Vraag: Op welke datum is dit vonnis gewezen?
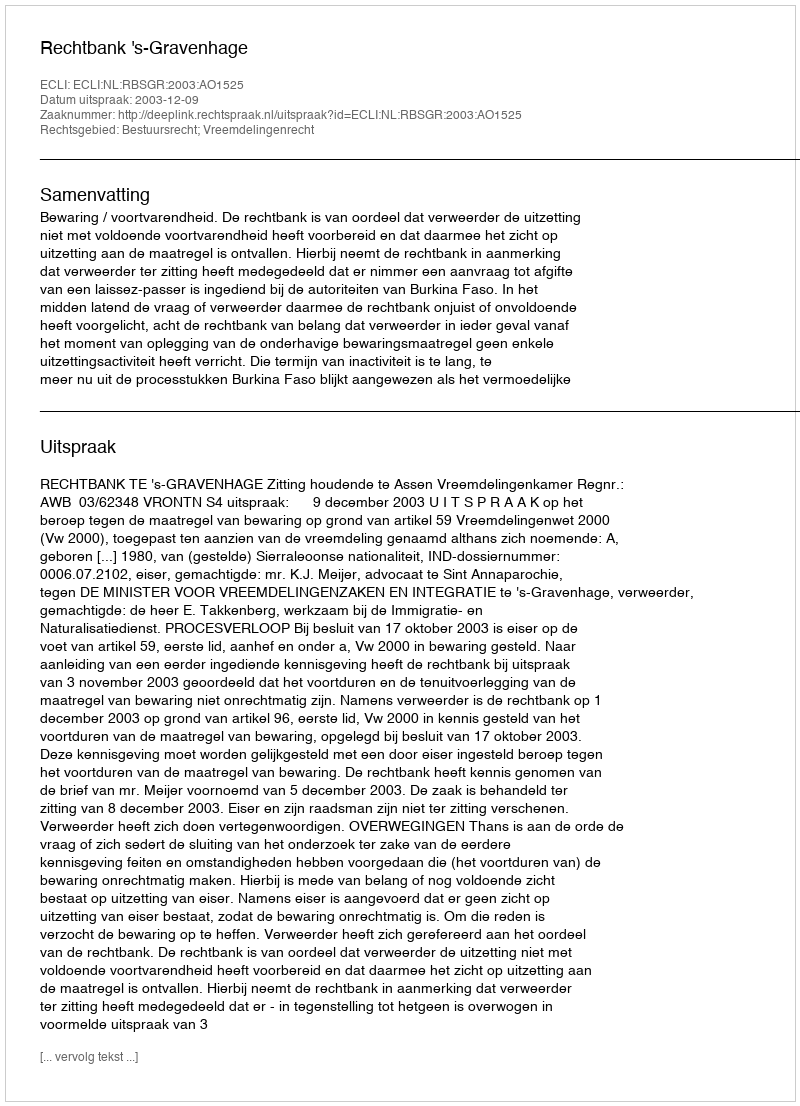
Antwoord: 2003-12-09